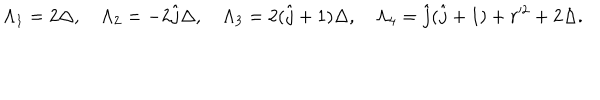
\Lambda _ { 1 } = 2 \Delta , \quad \Lambda _ { 2 } = - 2 \hat { j } \Delta , \quad \Lambda _ { 3 } = 2 ( \hat { j } + 1 ) \Delta , \quad \Lambda _ { 4 } = \hat { j } ( \hat { j } + 1 ) + r ^ { 2 } + 2 \Delta .